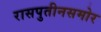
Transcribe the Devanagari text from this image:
रासपुतीनसमोर